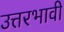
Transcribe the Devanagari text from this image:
उत्तरभावी